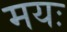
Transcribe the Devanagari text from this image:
मयः